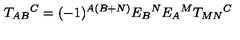
T _ { A B } { } ^ { C } = ( - 1 ) ^ { A ( B + N ) } E _ { B } { } ^ { N } E _ { A } { } ^ { M } T _ { M N } { } ^ { C }